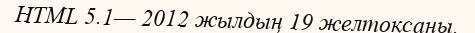
HTML 5.1— 2012 жылдың 19 желтоқсаны.